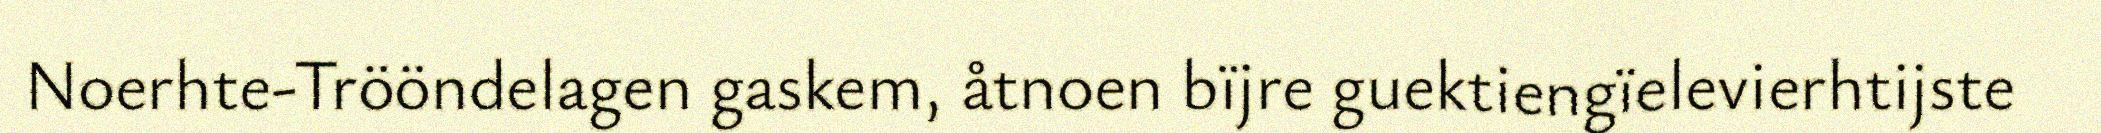
Noerhte-Trööndelagen gaskem, åtnoen bïjre guektiengïelevierhtijste